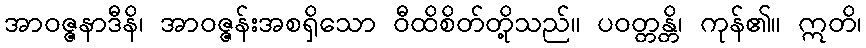
အာဝဇ္ဇနာဒီနိ၊ အာဝဇ္ဇန်းအစရှိသော ဝီထိစိတ်တို့သည်။ ပဝတ္တန္တိ၊ ကုန်၏။ ဣတိ၊